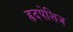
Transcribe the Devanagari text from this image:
हृदपेशिज